Treatise on elephants
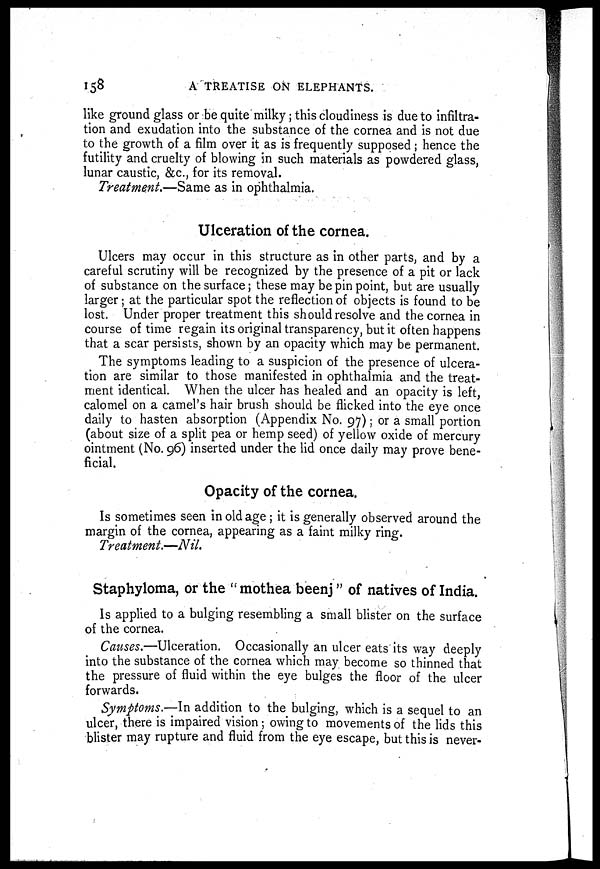
158
A TREATISE ON ELEPHANTS.
like ground glass or be quite milky; this cloudiness is due to infiltra-
tion and exudation into the substance of the cornea and is not due
to the growth of a film over it as is frequently supposed; hence the
futility and cruelty of blowing in such materials as powdered glass,
lunar caustic, &c., for its removal.
Treatment.—Same as in ophthalmia.
Ulceration of the cornea.
Ulcers may occur in this structure as in other parts, and by a
careful scrutiny will be recognized by the presence of a pit or lack
of substance on the surface; these may be pin point, but are usually
larger; at the particular spot the reflection of objects is found to be
lost. Under proper treatment this should resolve and the cornea in
course of time regain its original transparency, but it often happens
that a scar persists, shown by an opacity which may be permanent.
The symptoms leading to a suspicion of the presence of ulcera-
tion are similar to those manifested in ophthalmia and the treat-
ment identical. When the ulcer has healed and an opacity is left,
calomel on a camel's hair brush should be flicked into the eye once
daily to hasten absorption (Appendix No. 97); or a small portion
(about size of a split pea or hemp seed) of yellow oxide of mercury
ointment (No. 96) inserted under the lid once daily may prove bene-
ficial.
Opacity of the cornea.
Is sometimes seen in old age ; it is generally observed around the
margin of the cornea, appearing as a faint milky ring.
Treatment.—Nil.
Staphyloma, or the "mothea beenj" of natives of India.
Is applied to a bulging resembling a small blister on the surface
of the cornea.
Causes.—Ulceration. Occasionally an ulcer eats its way deeply
into the substance of the cornea which may become so thinned that
the pressure of fluid within the eye bulges the floor of the ulcer
forwards.
Symptoms.—In addition to the bulging, which is a sequel to an
ulcer, there is impaired vision; owing to movements of the lids this
blister may rupture and fluid from the eye escape, but this is never-